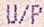
U/P